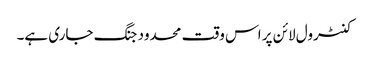
کنٹرول لائن پر اس وقت محدود جنگ جاری ہے۔